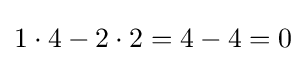
1\cdot 4-2\cdot 2=4-4=0